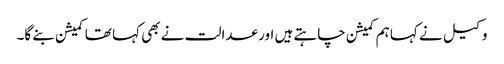
وکیل نے کہا ہم کمیشن چاہتے ہیں اور عدالت نے بھی کہا تھا کمیشن بنے گا۔